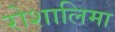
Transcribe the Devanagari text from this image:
रोशालिमा